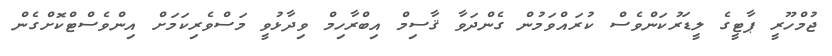
ޖުމްހޫރީ ޕާޓީގެ ލީޑަރުކަންވެސް ކުރައްވަމުން ގެންދަވާ ޤާސިމް އިބްރާހިމް ވިދާޅުވީ މަސްވެރިކަމަށް އިންވެސްޓްކޮށްގެން